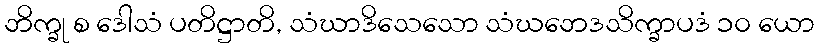
ဘိက္ခု စ ဒေါသံ ပတိဋ္ဌာတိ, သံဃာဒိသေသော သံဃဘေဒသိက္ခာပဒံ ၁၀ ယော